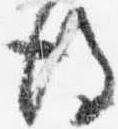
後